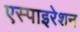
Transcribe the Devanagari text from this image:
एस्पाइरेशन